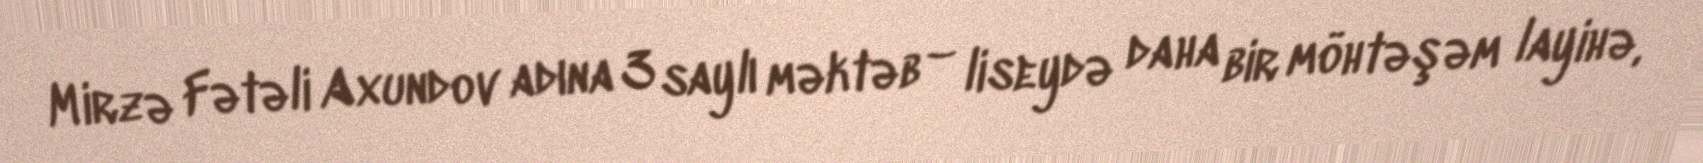
Mirzə Fətəli Axundov adına 3 saylı məktəb – liseydə daha bir möhtəşəm layihə,